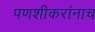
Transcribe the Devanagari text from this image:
पणशीकरांनाच